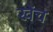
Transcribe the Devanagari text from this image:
खेंच